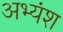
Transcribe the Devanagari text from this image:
अभ्यंश